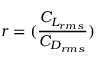
r = ( \frac { C _ { L _ { r m s } } } { C _ { D _ { r m s } } } )